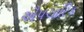
ઐપચારિક